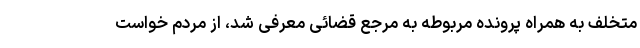
متخلف به همراه پرونده مربوطه به مرجع قضائی معرفی شد، از مردم خواست